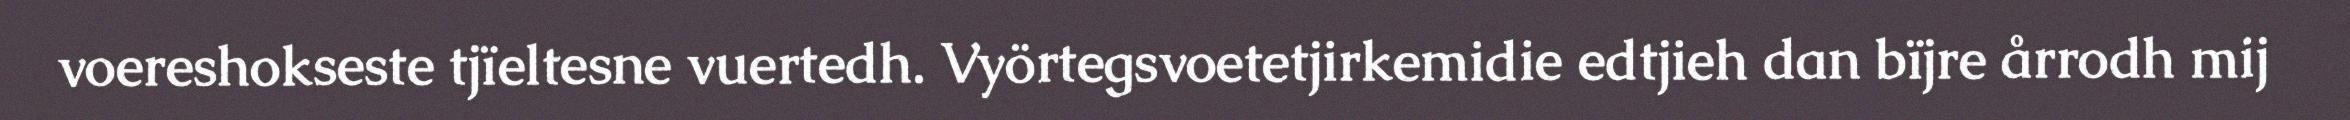
voereshokseste tjïeltesne vuertedh. Vyörtegsvoetetjirkemidie edtjieh dan bïjre årrodh mij